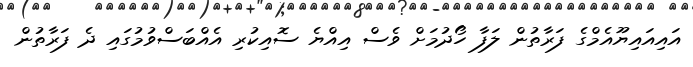
އައިއައިޔޫއެމްގެ ފަރާތުން ލަފާ ހޯދުމަށް ވެސް އިއްޔެ ސޮއިކުރި އެއްބަސްވުމުގައި ދެ ފަރާތުން